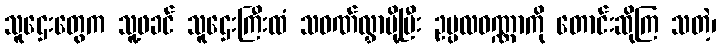
သူဌေးတွေက သူ့ဖခင် သူဌေးကြီးထံ သဝဏ်လွှာပို့ပြီး ဥပ္ပလဝဏ္ဏာကို တောင်းဆိုကြ သတဲ့၊